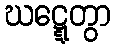
ဃဋ္ဋေတွာ